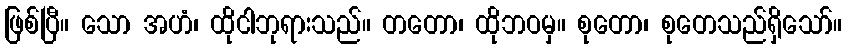
ဖြစ်ပြီ။ သော အဟံ၊ ထိုငါဘုရားသည်။ တတော၊ ထိုဘဝမှ။ စုတော၊ စုတေသည်ရှိသော်။